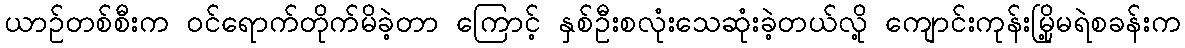
ယာဉ်တစ်စီးက ဝင်ရောက်တိုက်မိခဲ့တာ ကြောင့် နှစ်ဦးစလုံးသေဆုံးခဲ့တယ်လို့ ကျောင်းကုန်းမြို့မရဲစခန်းက